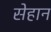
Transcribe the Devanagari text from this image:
सेहान